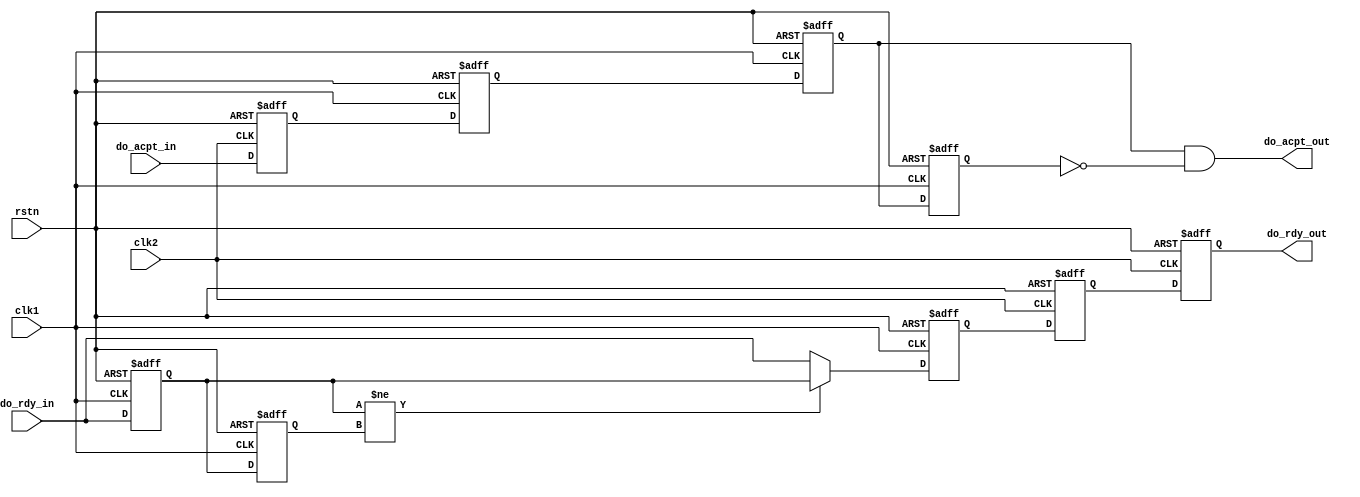
module async_bridge (
    input clk1, clk2, rstn, do_rdy_in, do_acpt_in,
    output reg do_acpt_out, do_rdy_out);

    reg do_acpt, do_rdy, do_rdy_in_d1, do_rdy_in_d2;
    reg ready_tmp, acpt_tmp1, acpt_tmp2, acpt_tmp3;

    // synchronizer for data ready signal
    always @(posedge clk1 or negedge rstn) begin
        if (rstn == 1'b0) begin
            do_rdy_in_d1 <= 1'b0;
            do_rdy_in_d2 <= 1'b0;
        end
        else begin
            do_rdy_in_d1 <= do_rdy_in;
            do_rdy_in_d2 <= do_rdy_in_d1;
        end
    end

    always @(posedge clk1 or negedge rstn) begin
        if (rstn == 1'b0)
            do_rdy <= 1'b0;
        else if ( do_rdy_in_d1 != do_rdy_in_d2 )
            do_rdy <= do_rdy_in_d1;
        else
            do_rdy <= do_rdy_in;
    end

    always @(posedge clk2 or negedge rstn) begin
        if (rstn == 1'b0) begin
            ready_tmp <= 1'b0;
            do_rdy_out <= 1'b0;
            do_acpt <= 1'b0;
        end
        else begin
            ready_tmp <= do_rdy;
            do_rdy_out <= ready_tmp;
            do_acpt <= do_acpt_in;
        end
    end

    // synchronizer and pulse generator for data accept signal
    always @(posedge clk1 or negedge rstn) begin
        if (rstn == 1'b0) begin
            acpt_tmp1 <= 1'b0;
            acpt_tmp2 <= 1'b0;
            acpt_tmp3 <= 1'b0;
        end
        else begin
            acpt_tmp1 <= do_acpt;
            acpt_tmp2 <= acpt_tmp1;
            acpt_tmp3 <= acpt_tmp2;
        end
    end

    // data accept output logic for one clock pulse generation
    always @*
        do_acpt_out = acpt_tmp2 & ~acpt_tmp3;

endmodule